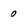
Character: 0